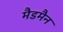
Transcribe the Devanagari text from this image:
मैडमैन